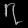
Digit: ၇